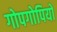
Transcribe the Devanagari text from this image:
गोपगोपियों